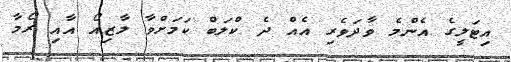
އިޓަލީގެ އެންމެ ވާދަވެރި އެއް ދެ ކްލަބް ކަމަށްވާ ލާޒިއޯ އާއި ރޯމާ